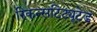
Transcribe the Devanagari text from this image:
रिकन्सटिट्यूटेड